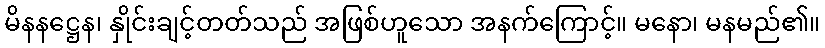
မိနနဋ္ဌေန၊ နှိုင်းချင့်တတ်သည် အဖြစ်ဟူသော အနက်ကြောင့်။ မနော၊ မနမည်၏။